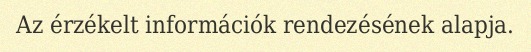
Az érzékelt információk rendezésének alapja.